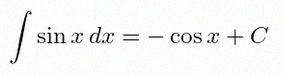
\int \sin x\,dx=-\cos x+C